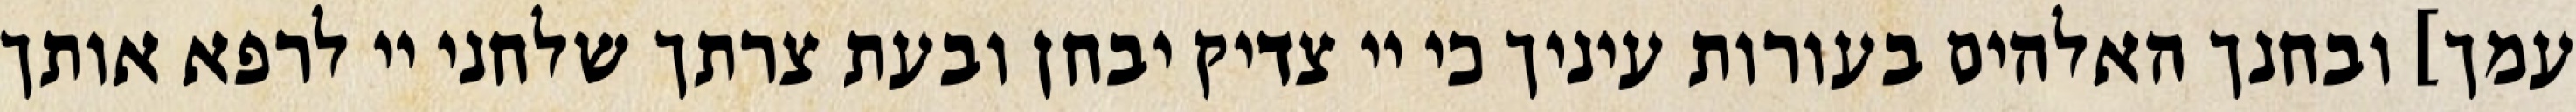
עמך] ובחנך האלהים בעורות עיניך כי יי צדיק יבחן ובעת צרתך שלחני יי לרפא אותך